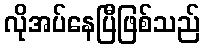
လိုအပ်နေပြီဖြစ်သည်